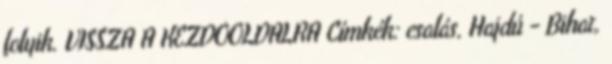
folyik. VISSZA A KEZDŐOLDALRA Címkék: csalás, Hajdú - Bihar,